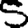
Digit: 5